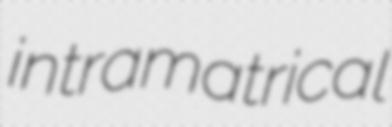
intramatrical